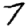
Digit: 7